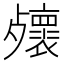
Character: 𣩻